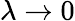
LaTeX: \lambda\rightarrow 0